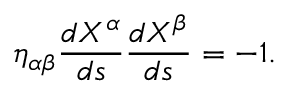
{ \eta _ { \alpha \beta } } { \frac { d X ^ { \alpha } } { d s } } { \frac { d X ^ { \beta } } { d s } } = - 1 .